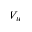
V _ { w }